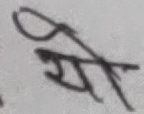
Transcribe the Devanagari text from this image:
गेम्य